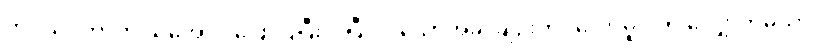
ကပ္ပိယဒကာကို သိအောင် ပြောပြပြီးပါပြီ၊ လိုသောအခါ ချဉ်းကပ်တော်မူပါဟု လျှောက်မှသာ